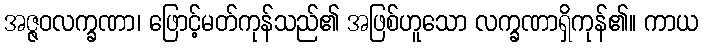
အဇ္ဇဝလက္ခဏာ၊ ဖြောင့်မတ်ကုန်သည်၏ အဖြစ်ဟူသော လက္ခဏာရှိကုန်၏။ ကာယ